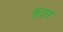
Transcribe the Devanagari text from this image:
क्रुइस